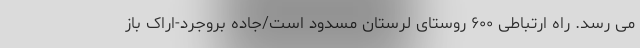
می رسد. راه ارتباطی ۶۰۰ روستای لرستان مسدود است/جاده بروجرد-اراک باز